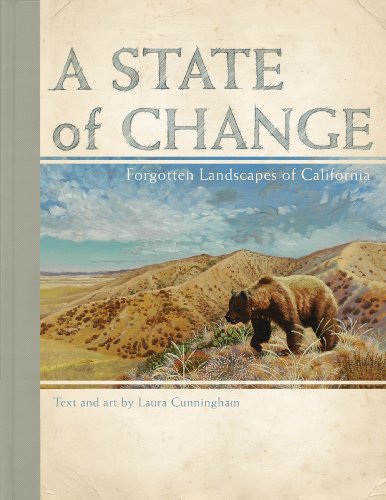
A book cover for State of Change, A: Forgotten Landscapes of California; Laura Cunningham; History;